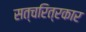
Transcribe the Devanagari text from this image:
सत्चरित्रकार